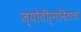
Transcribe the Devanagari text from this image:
ज्योतीर्गनिताचा